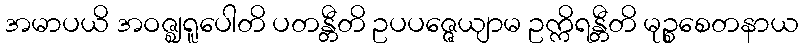
အမာပယိ အဝဇ္ဈရူပေါတိ ပတန္တီတိ ဥပပဇ္ဇေယျာမ ဥက္ကိရန္တီတိ မုဉ္စစေတနာယ